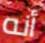
أنه